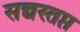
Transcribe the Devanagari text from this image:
सद्यस्तप्त